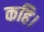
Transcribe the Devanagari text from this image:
कहि।